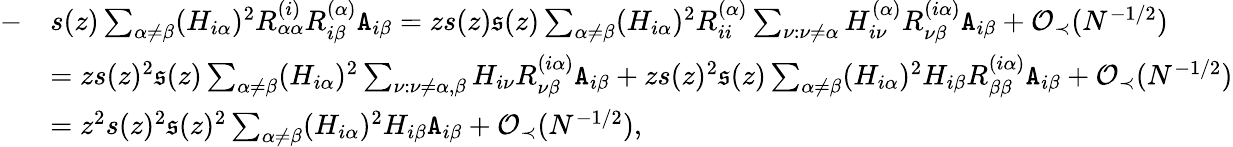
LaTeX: \begin{array}{rl}{-}&{s(z)\sum_{\alpha\neq\beta}(H_{i\alpha})^{2}R_{\alpha\alpha}^{(i)}R_{i\beta}^{(\alpha)}{\texttt A}_{i\beta}=zs(z)\mathfrak{s}(z)\sum_{\alpha\neq\beta}(H_{i\alpha})^{2}R_{ii}^{(\alpha)}\sum_{\nu:\nu\neq\alpha}H_{i\nu}^{(\alpha)}R_{\nu\beta}^{(i\alpha)}{\texttt A}_{i\beta}+{\mathcal O}_{\prec}(N^{-1/2})}\\ &{=zs(z)^{2}\mathfrak{s}(z)\sum_{\alpha\neq\beta}(H_{i\alpha})^{2}\sum_{\nu:\nu\neq\alpha,\beta}H_{i\nu}R_{\nu\beta}^{(i\alpha)}{\texttt A}_{i\beta}+zs(z)^{2}\mathfrak{s}(z)\sum_{\alpha\neq\beta}(H_{i\alpha})^{2}H_{i\beta}R_{\beta\beta}^{(i\alpha)}{\texttt A}_{i\beta}+{\mathcal O}_{\prec}(N^{-1/2})}\\ &{=z^{2}s(z)^{2}\mathfrak{s}(z)^{2}\sum_{\alpha\neq\beta}(H_{i\alpha})^{2}H_{i\beta}{\texttt A}_{i\beta}+{\mathcal O}_{\prec}(N^{-1/2}),}\end{array}